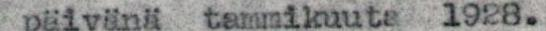
päivänä tammikuuta 1928.